Leaving Certificate Examination (including Day School Certificate (Higher) General paper), 1930
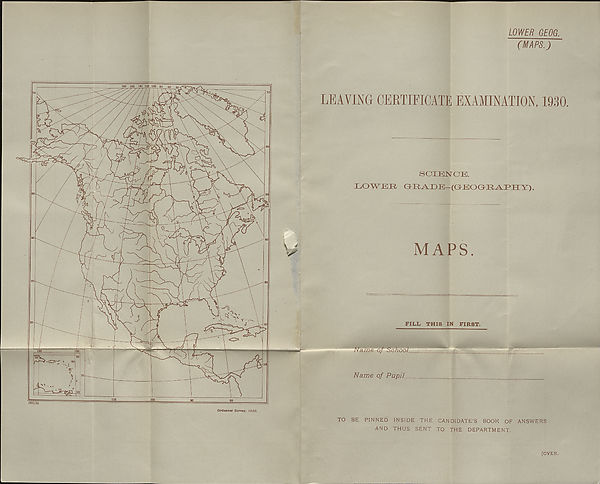
Ordaanoe Survey, 1930.
LOWER GEOG.
(MAPS.)
LEAVING CERTIFICATE EXAMINATION, 1930.
SCIENCE.
IjOYVEE GKR^EE—(GbEOGKR^jPIIY).
MAPS.
FILL, THIS IN FIRST.
Name of Pupil.
TO BE PINNED INSIDE THE CANDIDATE’S BOOK OF ANSWERS
AND THUS SENT TO THE DEPARTMENT.
[OVER.